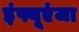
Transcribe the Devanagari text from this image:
इंफ्यूएंजा